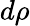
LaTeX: d\rho